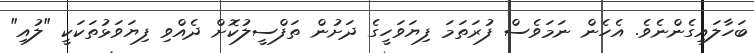
ބަހާލައިގެންނެވެ. އެހެން ނަމަވެސް ފުރަތަމަ ފިޔަވަހީގެ ދަށުން ތަފްސީލުކޮށް ދެއްވި ފިޔަވަޅުތަކަކީ "ލުއި"